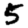
Digit: 5